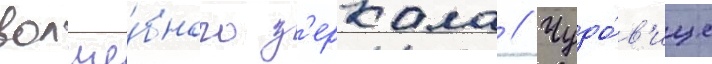
волше́бного з'еркала // Чудо́в'ище